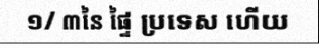
១/ ៣នៃ ផ្ទៃ ប្រទេស ហើយ